Rangoon Lunatic Asylum 1878-1892 - 1878-1892
Year: 1878
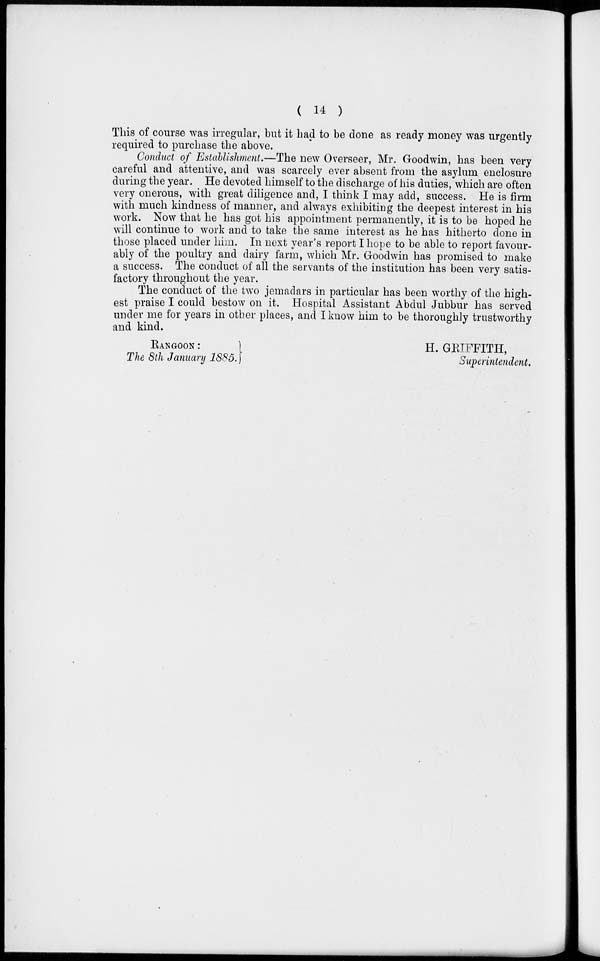
( 14 )
This of course was irregular, but it had to be done as ready money was urgently
required to purchase the above.
Conduct of Establishment.—The new Overseer, Mr. Goodwin, has been very
careful and attentive, and was scarcely ever absent from the asylum enclosure
during the year. He devoted himself to the discharge of his duties, which are often
very onerous, with great diligence and, I think I may add, success. He is firm
with much kindness of manner, and always exhibiting the deepest interest in his
work. Now that he has got his appointment permanently, it is to be hoped he
will continue to work and to take the same interest as he has hitherto done in
those placed under him. In next year's report I hope to be able to report favour-
ably of the poultry and dairy farm, which Mr. Goodwin has promised to make
a success. The conduct of all the servants of the institution has been very satis-
factory throughout the year.
The conduct of the two jemadars in particular has been worthy of the high-
est praise I could bestow on it. Hospital Assistant Abdul Jubbur has served
under me for years in other places, and I know him to be thoroughly trustworthy
and kind.
RANGOON
:
The 8th January 1885.
H. GRIFFITH,
Superintendent.